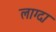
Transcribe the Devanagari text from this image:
लाग्दा